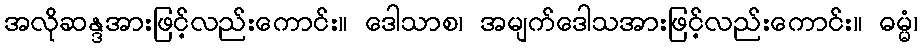
အလိုဆန္ဒအားဖြင့်လည်းကောင်း။ ဒေါသာစ၊ အမျက်ဒေါသအားဖြင့်လည်းကောင်း။ ဓမ္မံ၊